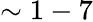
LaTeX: \sim 1-7